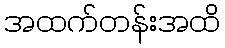
အထက်တန်းအထိ